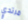
مرتدي